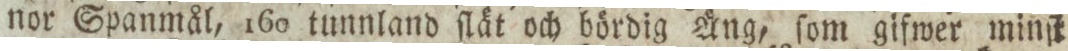
nor Spanmål, 160 tunnland ſlät och bördig Äng, ſom gifwer minſt